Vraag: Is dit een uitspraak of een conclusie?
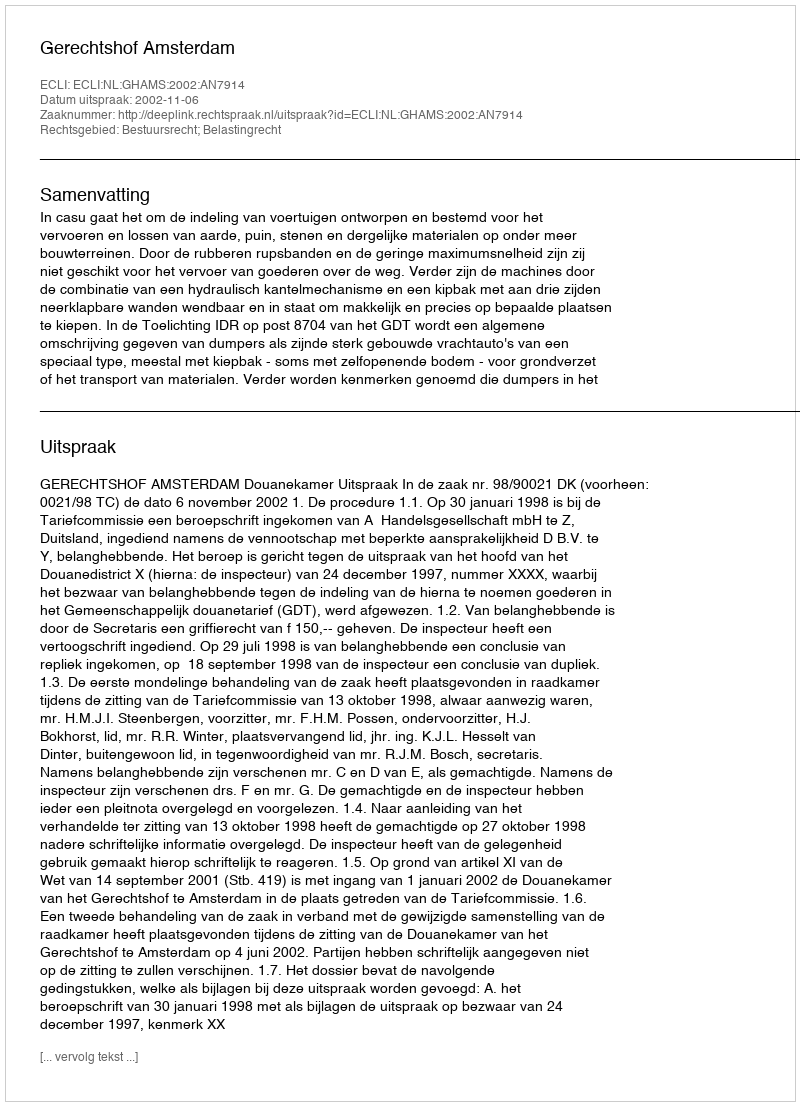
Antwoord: Uitspraak